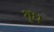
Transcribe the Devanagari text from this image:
शुध